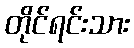
တိုင်ရင်းသား